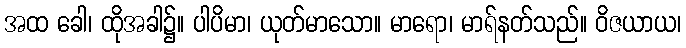
အထ ခေါ၊ ထိုအခါ၌။ ပါပိမာ၊ ယုတ်မာသော။ မာရော၊ မာရ်နတ်သည်။ ဝိဇယာယ၊